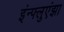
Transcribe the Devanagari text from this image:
इंन्फ्लुएंझा